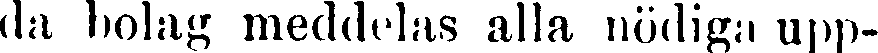
da bolag meddelas alla nödiga upp-